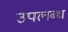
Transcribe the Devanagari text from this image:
उपल्‍ाब्‍ध